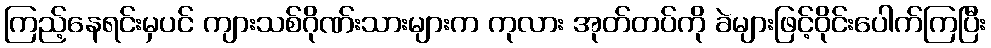
ကြည့်နေရင်းမှပင် ကျားသစ်ဂိုဏ်းသားများက ကုလား အုတ်တပ်ကို ခဲများဖြင့်ဝိုင်းပေါက်ကြပြီး